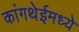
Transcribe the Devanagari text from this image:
कांगथेईमध्ये